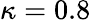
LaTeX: \kappa=0.8